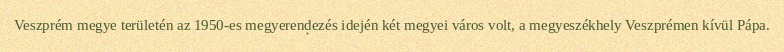
Veszprém megye területén az 1950-es megyerendezés idején két megyei város volt, a megyeszékhely Veszprémen kívül Pápa.